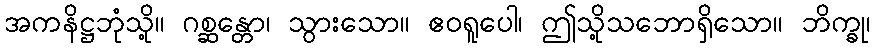
အကနိဋ္ဌဘုံသို့။ ဂစ္ဆန္တော၊ သွားသော။ ဧဝရူပေါ၊ ဤသို့သဘောရှိသော။ ဘိက္ခု၊